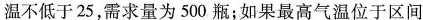
温不低于25，需求量为500瓶；如果最高气温位于区间